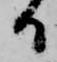
ひ